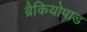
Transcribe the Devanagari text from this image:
ब्रैकियोपाड